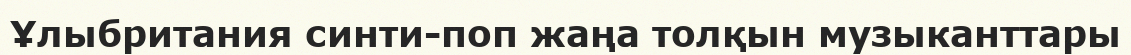
Ұлыбритания синти-поп жаңа толқын музыканттары